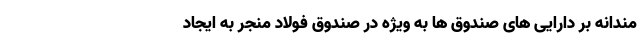
مندانه بر دارایی های صندوق ها به ویژه در صندوق فولاد منجر به ایجاد